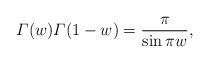
LaTeX: \begin{align*} \varGamma(w) \varGamma(1-w) = \dfrac{\pi}{\sin \pi w}, \end{align*}